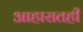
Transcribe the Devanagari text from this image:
आहारातही